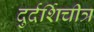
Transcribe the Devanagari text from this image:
दुर्दर्शिचीत्र